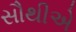
સૌથીએ